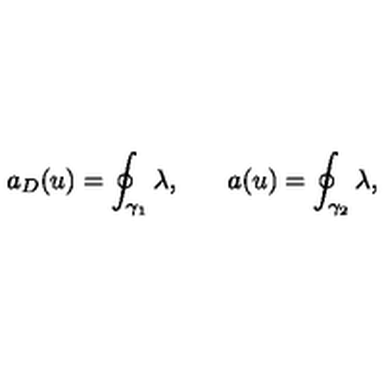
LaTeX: a _ { D } ( u ) = \oint _ { \gamma _ { 1 } } \lambda , \: \: \: \: \: \: \: \: a ( u ) = \oint _ { \gamma _ { 2 } } \lambda ,